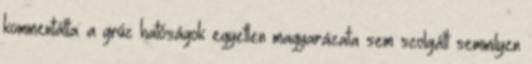
kommentálta: a grúz hatóságok egyetlen magyarázata sem szolgált semmilyen